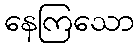
နေကြသော